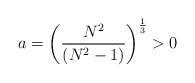
LaTeX: \begin{align*}a=\left( \frac{N^{2}}{(N^2-1)}\right) ^{\frac{1}{3}}>0\end{align*}